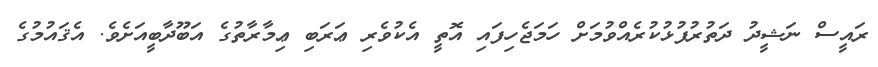
ރައީސް ނަޝީދު ދަތުރުފުޅުކުރެއްވުމަށް ހަމަޖެހިފައި އޮތީ އެކުވެރި ޢަރަބި ޢިމާރާތުގެ އަބޫދާބީއަށެވެ. އެޤައުމުގެ